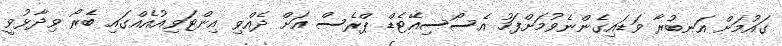
ގައުމަށް އަނބުރާ ވަޑައިގެންނެވުމަށްފަހު އެސޯސިއޭޓެޑް ޕްރެސް އަށް ދެއްވި އިންޓަވިއުއެއްގައި ބެރޯ ވިދާޅުވީ